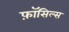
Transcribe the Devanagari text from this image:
फ़ॉसिल्स